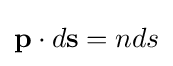
\mathbf {p} \cdot d\mathbf {s} =nds